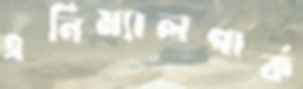
এনিম্যালপার্ক